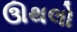
ઊથલો